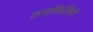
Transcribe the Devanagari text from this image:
सनफिलिपो